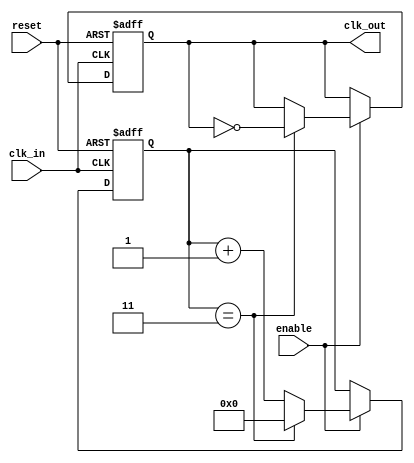
module ClockDividerBuffer #(
    parameter N = 4 // Default division factor
)(
    input wire clk_in,    // Input clock signal
    input wire reset,     // Asynchronous reset signal
    input wire enable,    // Enable signal for clock division
    output reg clk_out    // Output clock signal
);

    reg [31:0] counter;   // Counter to keep track of input clock cycles

    // Asynchronous reset and clock division logic
    always @(posedge clk_in or posedge reset) begin
        if (reset) begin
            counter <= 0;   // Reset counter
            clk_out <= 0;   // Reset output clock
        end else if (enable) begin
            if (counter == (N - 1)) begin
                clk_out <= ~clk_out; // Toggle output clock
                counter <= 0;         // Reset counter
            end else begin
                counter <= counter + 1; // Increment counter
            end
        end
    end

endmodule